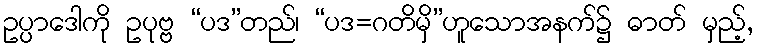
ဥပ္ပာဒေါကို ဥပုဗ္ဗ “ပဒ”တည်၊ “ပဒ=ဂတိမှိ”ဟူသောအနက်၌ ဓာတ် မှည့်,